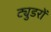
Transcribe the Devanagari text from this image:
ट्युडरों